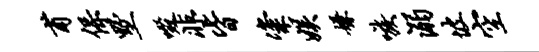
甫保墅啜非皆粢娱嫌嗾溺坡空